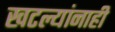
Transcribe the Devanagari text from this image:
खटल्यांनाही